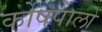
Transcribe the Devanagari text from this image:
कोषपालों